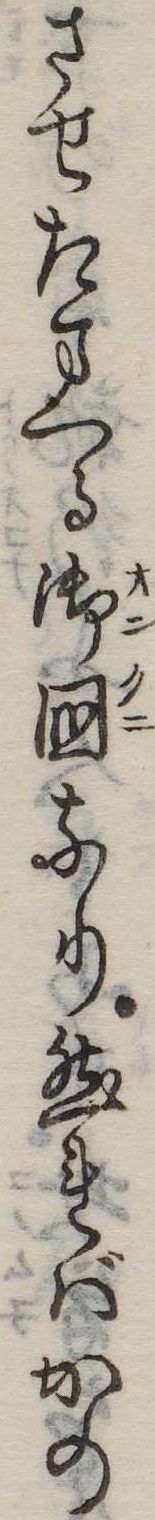
させたまへる御国なり然ればかの